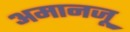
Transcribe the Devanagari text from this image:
अमानजू